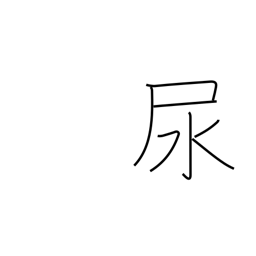
Meaning: urine